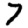
Digit: 7